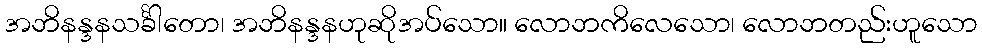
အဘိနန္ဒနသင်္ခါတော၊ အဘိနန္ဒနဟုဆိုအပ်သော။ လောဘကိလေသော၊ လောဘတည်းဟူသော